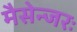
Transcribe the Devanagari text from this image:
मैसेन्जरः